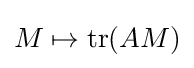
{\textstyle M\mapsto \operatorname {tr} (AM)}